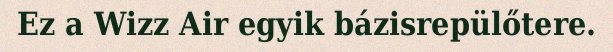
Ez a Wizz Air egyik bázisrepülőtere.